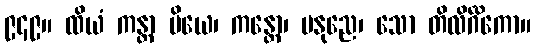
၉၄၉။ ထိယံ ကန္တာ ပိယေ၊ ကန္တော၊ မနုညေ၊ သော တိလိင်္ဂိကော။